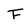
Character: F